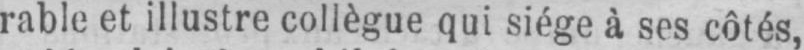
rable et illustre collègue qui siège à ses côtés,